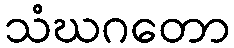
သံဃဂတော